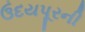
ઉદયપૂરની